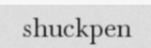
shuckpen